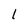
Character: l